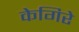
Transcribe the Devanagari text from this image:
केगिरे